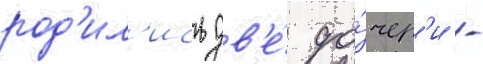
род'ил'ись дв'е́ до́чер'и -